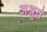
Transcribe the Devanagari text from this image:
अश्नुते